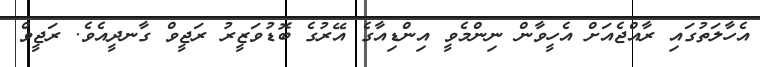
އެހާލަތުގައި ރާއްޖެއަށް އެހީވާން ނިންމެވީ އިންޑިއާގެ އޭރުގެ ބޮޑުވަޒީރު ރަޖީވް ގާނދީއެވެ. ރަޖީވް